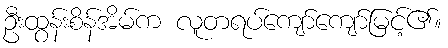
ဦးထွန်းစိန်အိမ်က လူတရပ်ကျော်ကျော်မြင့်၏။